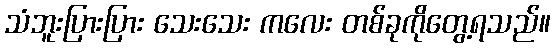
သံဘူးပြားပြား သေးသေး ကလေး တစ်ခုကိုတွေ့ရသည်။